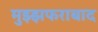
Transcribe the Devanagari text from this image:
मुझ्झफराबाद